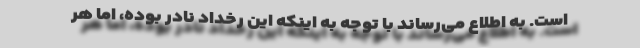
است. به اطلاع می‌رساند با توجه به اینکه این رخداد نادر بوده، اما هر